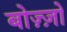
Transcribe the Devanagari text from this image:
बोज़्ज़ो